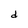
Character: d